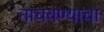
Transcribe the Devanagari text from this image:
नाचवण्याचा